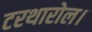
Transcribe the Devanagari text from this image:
टरथारोल।